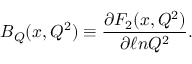
B _ { Q } ( x , Q ^ { 2 } ) \equiv \frac { \partial F _ { 2 } ( x , Q ^ { 2 } ) } { \partial \ell n Q ^ { 2 } } .